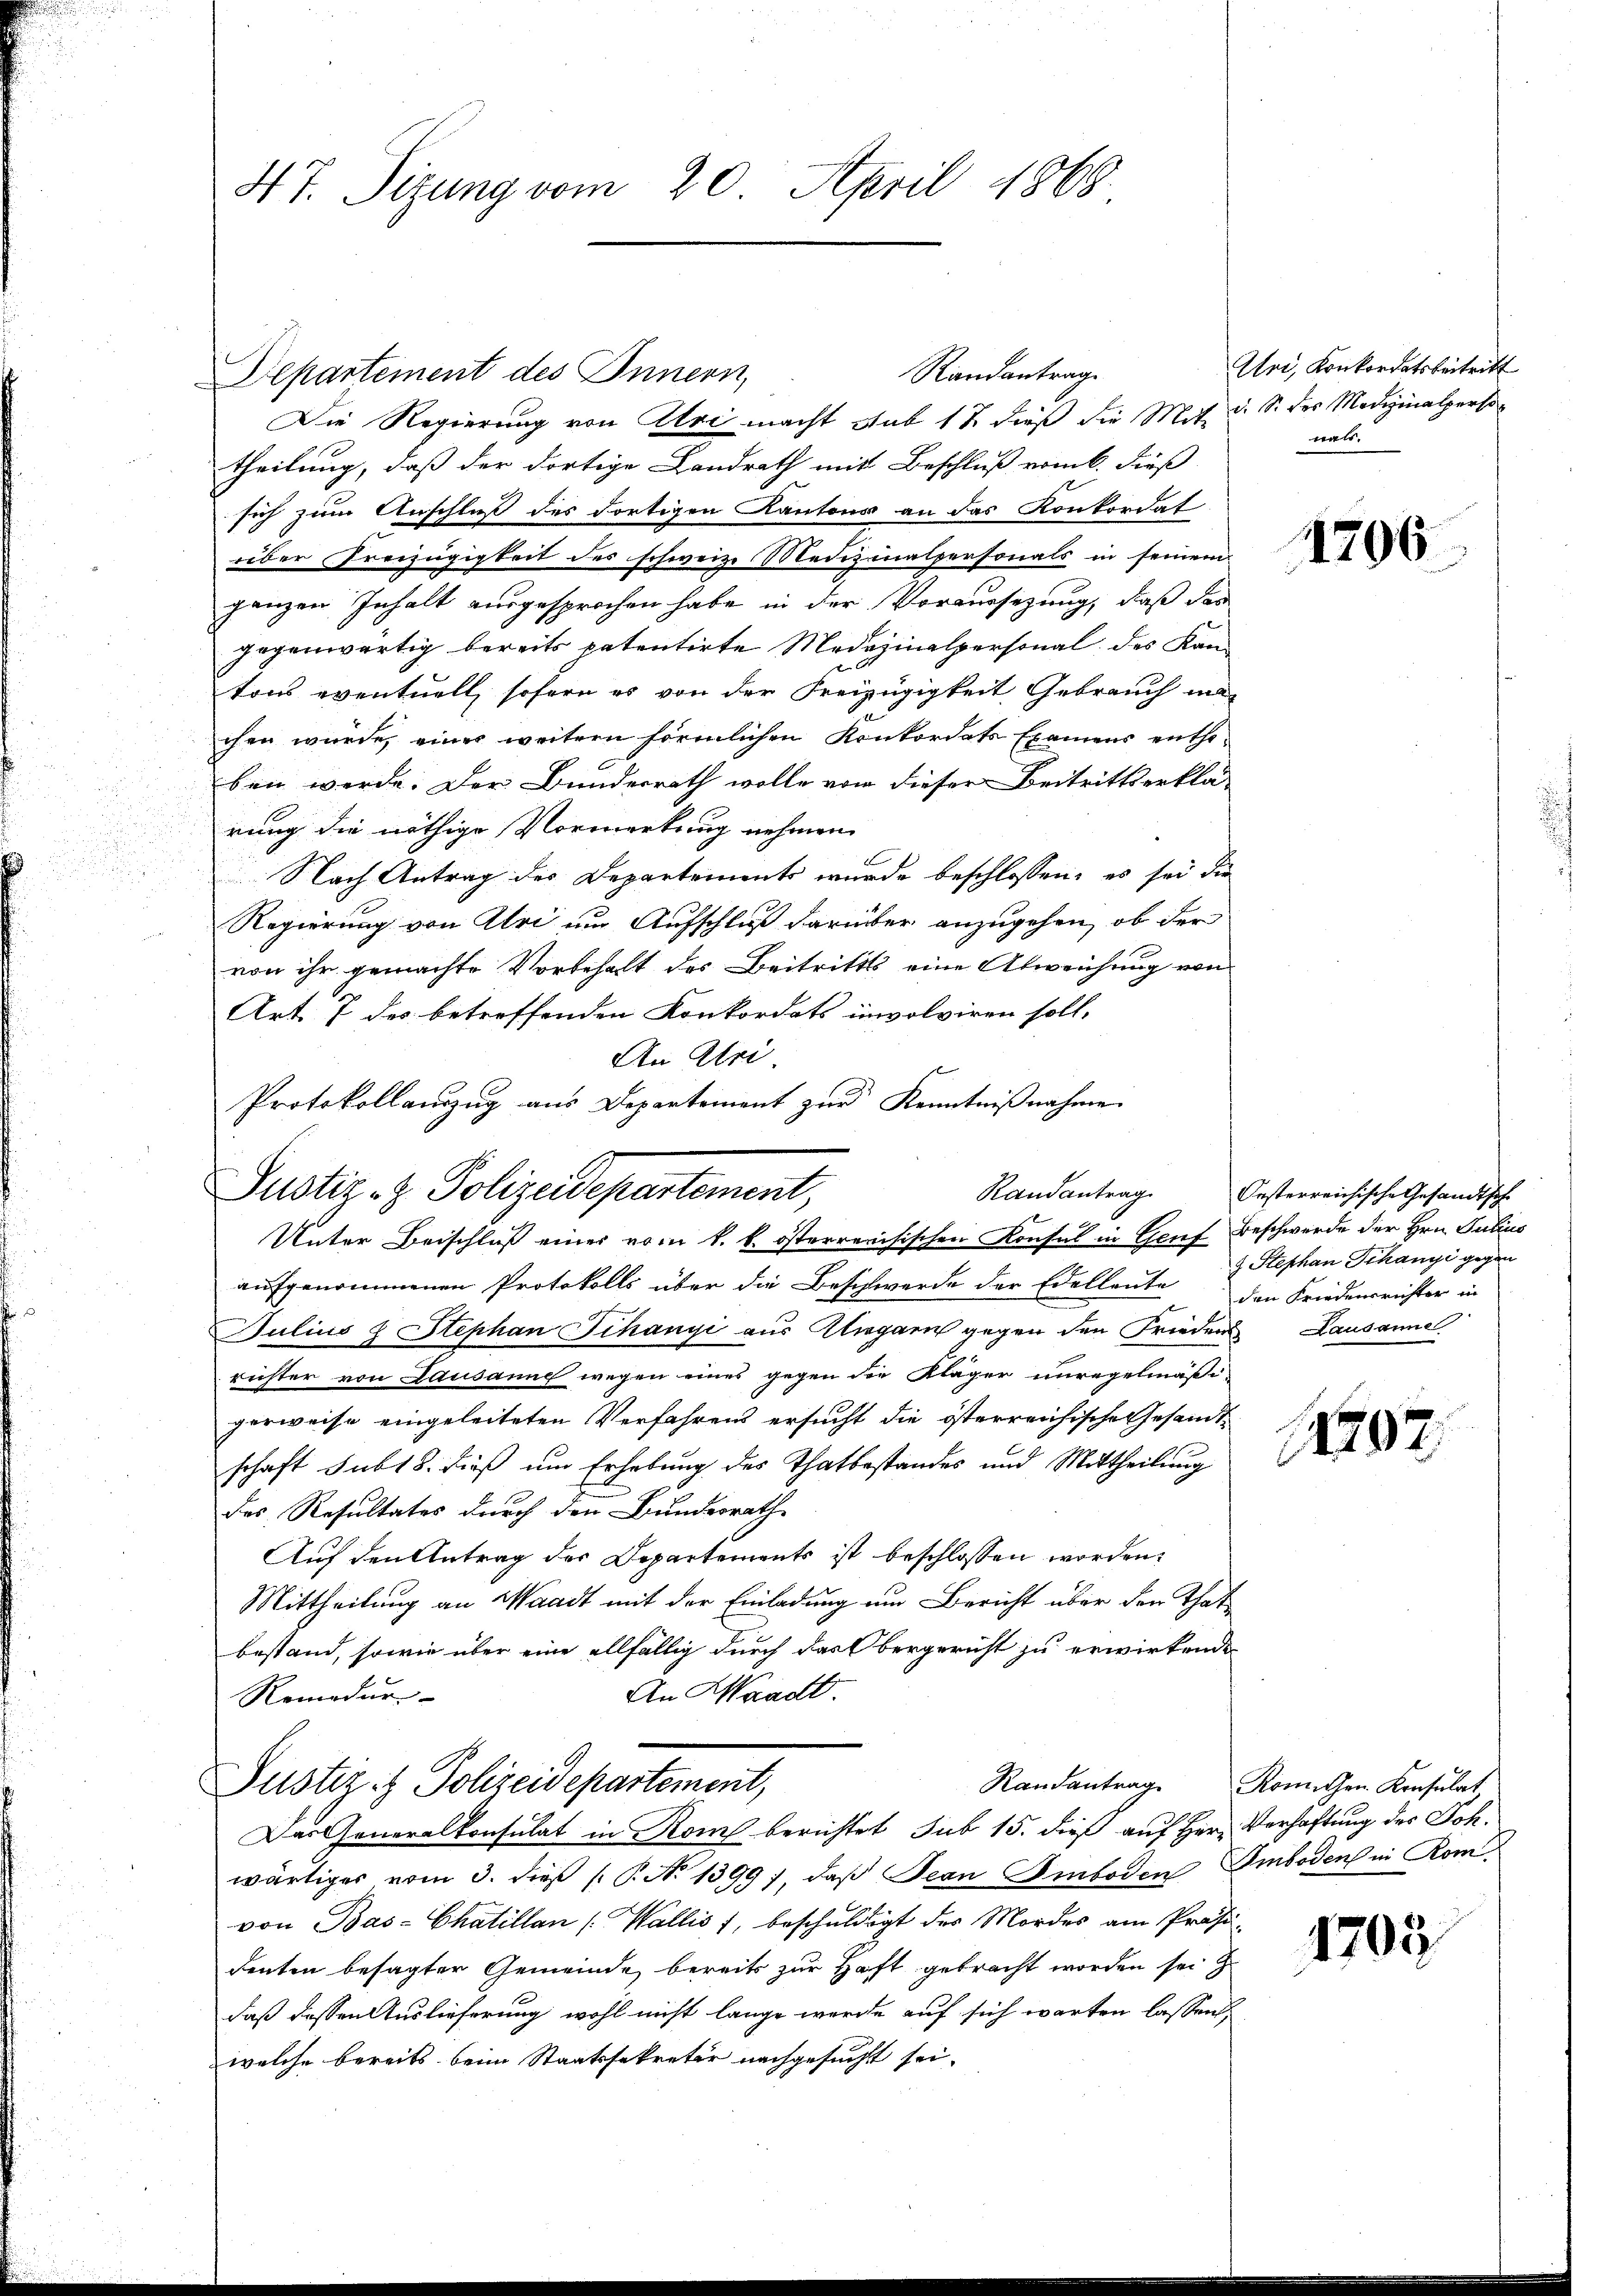
47. Sizung vom 20. April 1868.

Randantrag.
Departement des Innern,
Die Regierung von Uri macht sub 12 dieß die Mit d. S. der Medizinalperso
theilung, daß der dortige Landrath mit Beschluß vom 6. dieß
sich zum Anschluß des dortigen Kantons an das Konkordat
über Freizügigkeit des schweiz. Medizinalpersonals in seinem
ganzen Inhalt ausgesprochen habe in der Voraussetzung, daß der
gegenwärtig bereits patentirte Medizinalpersonal des Kan-
tons eventuell, sofern es von der Freizügigkeit Gebrauch machen wurde, einer weitern förmlichen Konkordats Examens entho-
ben werde. Der Bundesrath wolle von dieser Beitrittserklä-
rung die nöthige Vormerkung nehmen
Nach Antrag des Departements wurde beschlossen, es sei die
Regierung von Uri um Aufschluß darüber anzugehen, ob der
von ihr gemachte Vorbehalt des Beitritts eine Abweichung von
Art 7 des betreffenden Konkordats involviren soll,
An Eri
Protokollanzug aus Departement zur Kenntnißnahme.
Unter Beischluß einer vom k. k. österreichischen Konsul in Genf Beschwerde der Hrn. Julius
aufgenommenen Protokolls über die Beschwerde der Edellante den Friedensrichter in
Julius & Stephan Schanyi aus Zigarn gegen den Friedens Lausanne
richter von Lausanne wegen eines gegen die Kläger unregelmäßi-
gerweise eingeleiteten Verfahrens ersucht die österreichische Gesandtschaft subt 8. dieß um Erhebung des Thatbestandes und Mittheilung
des Resultates durch den Bundesrath
Auf den Antrag der Departements ist beschlossen worden.
Mittheilung an Waadt mit der Einladung um Bericht über den That
bestand, sowie über eine allfällig durch das Obergericht zu erwirkende
An Waadt.
Remedur-
Justiz & Polizeidepartement,
Das Generalkonsulat in Rom berichtet sub 15. dieß auf Herr Verhaftung des Joh.
wärtiger vom 3. dieß ( P. N. 1399), daß Jean Emboden Embodens in Rom
von Bas-Chatillan (Wallis 1, beschuldigt des Mordes am Präsidenten besagter Gemeinde bereits zur Haft gebracht worden sei z
daß dessen Auslieferung wohl nicht lange werde auf sich warten lassen,
welche bereits beim Staatssekretär nachgesucht sei,

Justiz- & Polizeidepartement,

Uri, Konkordatsbeitritt
wals.

1796

Randantrag Oesterreichische Gesandtsch-
 Stephan Schanyi gegen

11402.

Randantrag Römischen Konsulat

1703